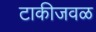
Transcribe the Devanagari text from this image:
टाकीजवळ